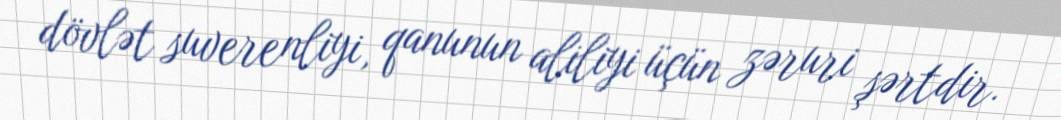
dövlət suverenliyi, qanunun aliliyi üçün zəruri şərtdir.